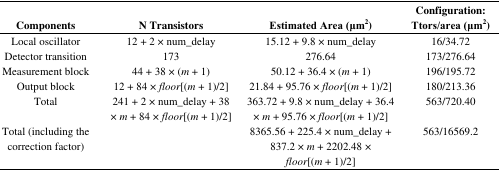
| Components | N Transistors | Estimated Area (μm2) | Configuration: Ttors/area (μm2) |
 | --- | --- | --- | --- |
 | Local oscillator | 12 + 2 × num_delay | 15.12 + 9.8 × num_delay | 16/34.72 |
 | Detector transition | 173 | 276.64 | 173/276.64 |
 | Measurement block | 44 + 38 × (m + 1) | 50.12 + 36.4 × (m + 1) | 196/195.72 |
 | Output block | 12 + 84 × floor[(m + 1)/2] | 21.84 + 95.76 × floor[(m + 1)/2] | 180/213.36 |
 | Total | 241 + 2 × num_delay + 38 × m + 84 × floor[(m + 1)/2] | 363.72 + 9.8 × num_delay + 36.4 × m + 95.76 × floor[(m + 1)/2] | 563/720.40 |
 | Total (including the correction factor) |  | 8365.56 + 225.4 × num_delay + 837.2 × m + 2202.48 × floor[(m + 1)/2] | 563/16569.2 |